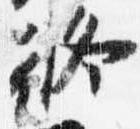
修